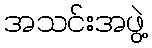
အသင်းအဖွဲ့